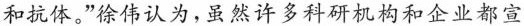
和抗体。”徐伟认为，虽然许多科研机构和企业都宣